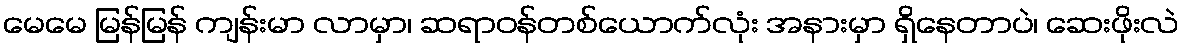
မေမေ မြန်မြန် ကျန်းမာ လာမှာ၊ ဆရာဝန်တစ်ယောက်လုံး အနားမှာ ရှိနေတာပဲ၊ ဆေးဖိုးလဲ